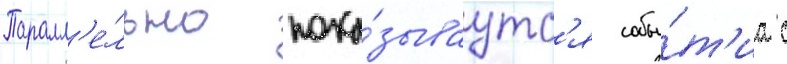
Паралл'е́льно пока́зываутс'я собы́т'иа с